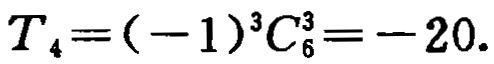
\[T_{4}=(-1)^{3}C_{6}^{3}=-20.\]